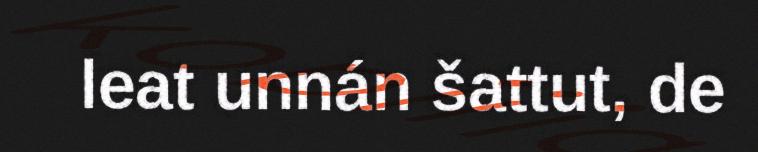
leat unnán šattut, de